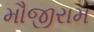
મૌજીરામ